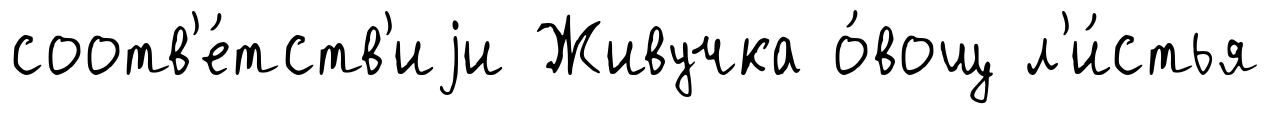
соотв'е́тств'иjи Живучка о́вощ л'и́стья